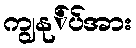
ကျွနု်ပ်အား